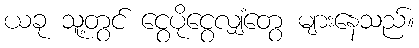
ယခု သူ့တွင် ငွေပိုငွေလျှံတွေ များနေသည်။